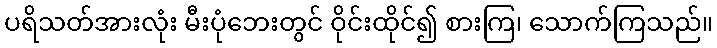
ပရိသတ်အားလုံး မီးပုံဘေးတွင် ဝိုင်းထိုင်၍ စားကြ၊ သောက်ကြသည်။